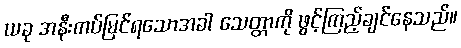
ယခု အနီးကပ်မြင်ရသောအခါ သေတ္တာကို ဖွင့်ကြည့်ချင်နေသည်။